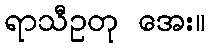
ရာသီဥတု အေး။